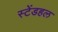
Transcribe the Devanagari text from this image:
स्टेंडहल